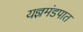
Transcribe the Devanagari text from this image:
यज्ञमंडपात